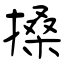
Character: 搡